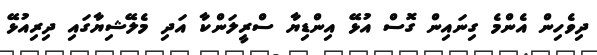
ދިވެހިން އެންމެ ގިނައިން ގޮސް އުޅޭ އިންޑިޔާ ސްރީލަންކާ އަދި މެލޭޝިޔާގައި ދިރިއުޅޭ